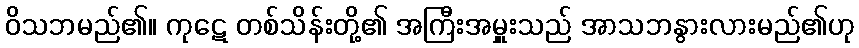
ဝိသဘမည်၏။ ကုဋေ တစ်သိန်းတို့၏ အကြီးအမှူးသည် အာသဘနွားလားမည်၏ဟု